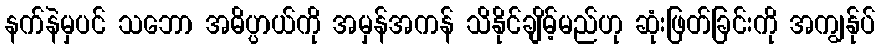
နက်နဲမှပင် သဘော အဓိပ္ပာယ်ကို အမှန်အကန် သိနိုင်ချိမ့်မည်ဟု ဆုံးဖြတ်ခြင်းကို အကျွန်ုပ်